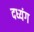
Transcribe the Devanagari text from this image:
दध्यंग